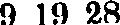
9 19 28